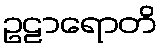
ဥဠာရောတိ